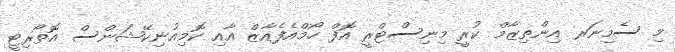
މި ސެމިނަރ އިންތިޒާމް ކުރީ މިނިސްޓްރީ އޮފް ހޯމްއެފެއާޒް އާއި ކޮމިއުނިކޭޝަންސް އޮތޯރިޓީ